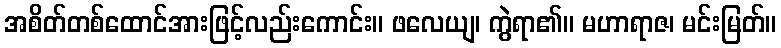
အစိတ်တစ်ထောင်အားဖြင့်လည်းကောင်း။ ဖလေယျ၊ ကွဲရာ၏။ မဟာရာဇ၊ မင်းမြတ်။